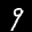
Label: 9